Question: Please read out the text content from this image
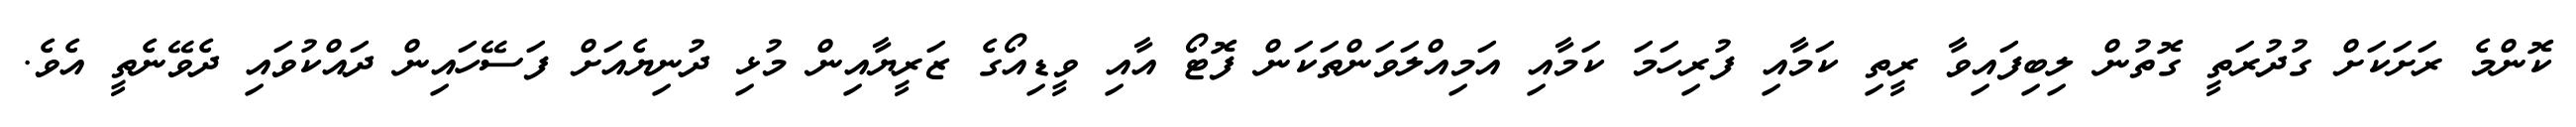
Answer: ކޮންމެ ރަށަކަށް ގުދުރަތީ ގޮތުން ލިބިފައިވާ ރީތި ކަމާއި ފުރިހަމަ ކަމާއި އަމިއްލަވަންތަކަން ފޮޓޯ އާއި ވީޑިއޯގެ ޒަރީޔާއިން މުޅި ދުނިޔެއަށް ފަސޭހައިން ދައްކުވައި ދެވޭނެތީ އެވެ.